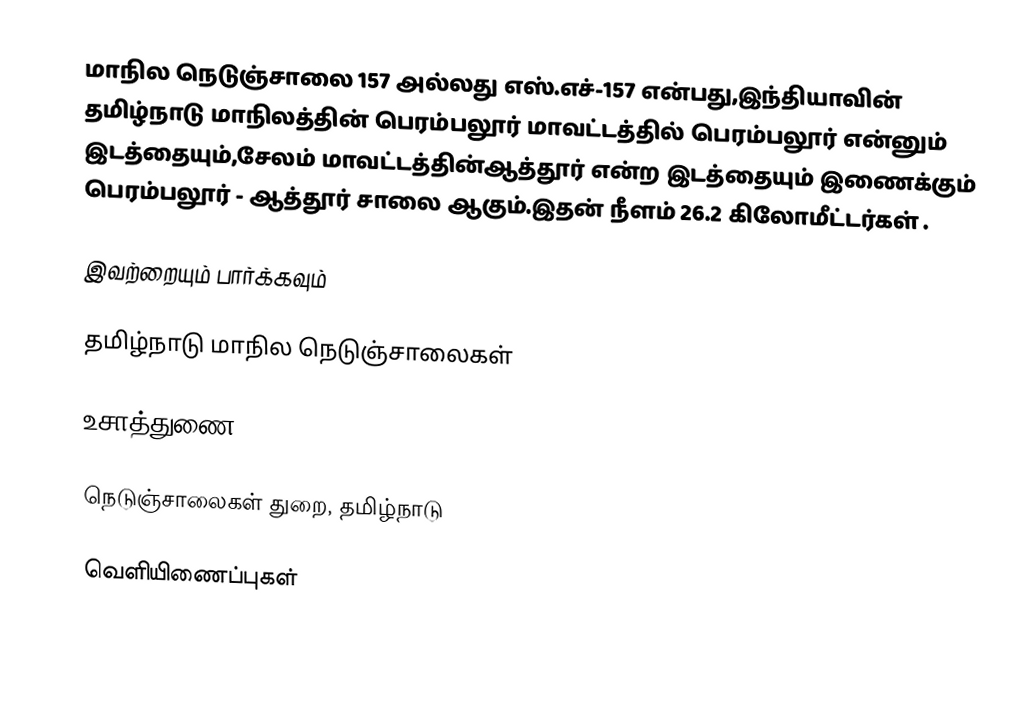
மாநில நெடுஞ்சாலை 157 அல்லது எஸ்.எச்-157  என்பது,இந்தியாவின் தமிழ்நாடு மாநிலத்தின்  பெரம்பலூர் மாவட்டத்தில்  பெரம்பலூர்  என்னும் இடத்தையும்,சேலம் மாவட்டத்தின்ஆத்தூர்  என்ற இடத்தையும் இணைக்கும் பெரம்பலூர் - ஆத்தூர் சாலை ஆகும்.இதன் நீளம் 26.2  கிலோமீட்டர்கள் .

இவற்றையும் பார்க்கவும்

 தமிழ்நாடு மாநில நெடுஞ்சாலைகள்

உசாத்துணை

 நெடுஞ்சாலைகள் துறை, தமிழ்நாடு

வெளியிணைப்புகள்